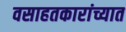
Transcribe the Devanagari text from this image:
वसाहतकारांच्यात